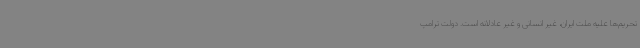
تحریم‌ها علیه ملت ایران، غیر انسانی و غیر عادلانه است. دولت ترامپ